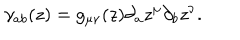
\gamma _ { a b } ( z ) = g _ { \mu \nu } ( z ) \partial _ { a } z ^ { \mu } \partial _ { b } z ^ { \nu } .